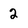
Character: 2